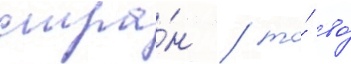
стра́н / то́ во́